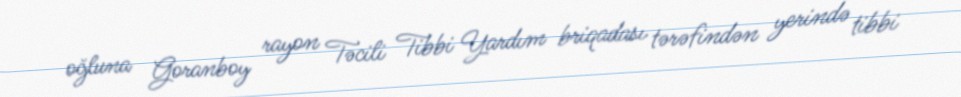
oğluna Goranboy rayon Təcili Tibbi Yardım briqadası tərəfindən yerində tibbi